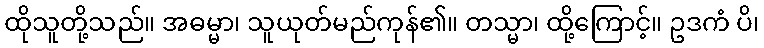
ထိုသူတို့သည်။ အဓမ္မာ၊ သူယုတ်မည်ကုန်၏။ တသ္မာ၊ ထို့ကြောင့်။ ဥဒကံ ပိ၊